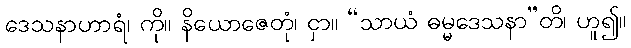
ဒေသနာဟာရံ၊ ကို။ နိယောဇေတုံ၊ ငှာ။ “သာယံ ဓမ္မဒေသနာ”တိ၊ ဟူ၍။